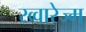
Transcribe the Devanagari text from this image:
ख्वारेज्म